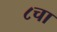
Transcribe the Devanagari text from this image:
८चा